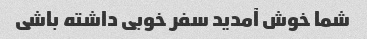
شما خوش آمدید سفر خوبی داشته باشی